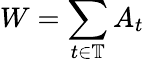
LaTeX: W=\sum_{t\in\mathbb{T}}A_{t}